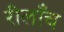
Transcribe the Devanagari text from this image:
रीलाँच